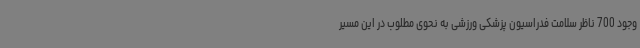
وجود 700 ناظر سلامت فدراسیون پزشکی ورزشی به نحوی مطلوب در این مسیر